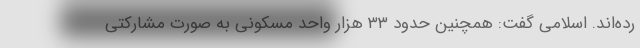
رده‌اند. اسلامی گفت: همچنین حدود ۳۳ هزار واحد مسکونی به صورت مشارکتی